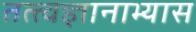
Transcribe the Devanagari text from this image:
तत्त्वज्ञानाभ्यास